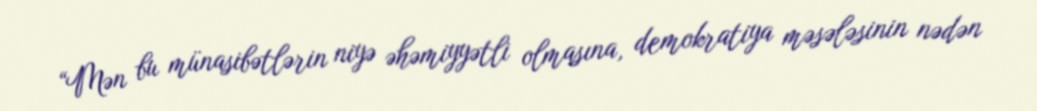
“Mən bu münasibətlərin niyə əhəmiyyətli olmasına, demokratiya məsələsinin nədən